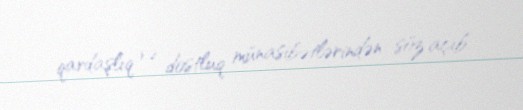
qardaşlıq və dostluq münasibətlərindən söz açıb.